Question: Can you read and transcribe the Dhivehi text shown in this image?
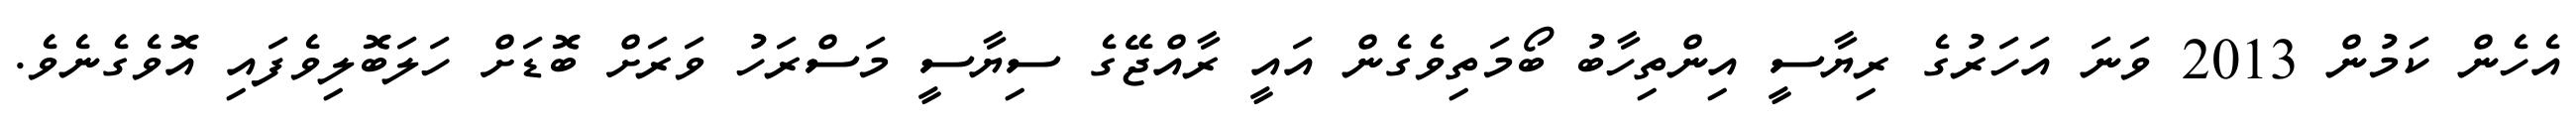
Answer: އެހެން ކަމުން 2013 ވަނަ އަހަރުގެ ރިޔާސީ އިންތިހާބު ބޯމަތިވެގެން އައީ ރާއްޖޭގެ ސިޔާސީ މަސްރަހު ވަރަށް ބޮޑަށް ހަލަބޮލިވެފައި އޮވެގެނެވެ.